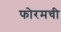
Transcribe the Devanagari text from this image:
फोरमची